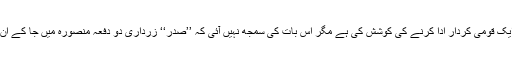
انہوں نے ایک قومی کردار ادا کرنے کی کوشش کی ہے مگر اس بات کی سمجھ نہیں آئی کہ ’’صدر‘‘ زرداری دو دفعہ منصورہ میں جا کے ان سے ملے۔